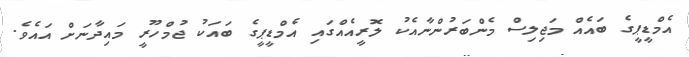
އެމްޑީޕީގެ ބައެއް މަޖިލިސް މެންބަރުންނާއެކު ލޮރީއެއްގައި އެމްޑީޕީގެ ބައަކު ޖުމްހޫރީ މައިދާނަށް އައެވެ.